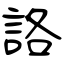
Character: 詻